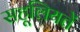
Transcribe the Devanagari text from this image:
सहूलियतें